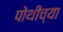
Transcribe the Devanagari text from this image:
पोथीच्या